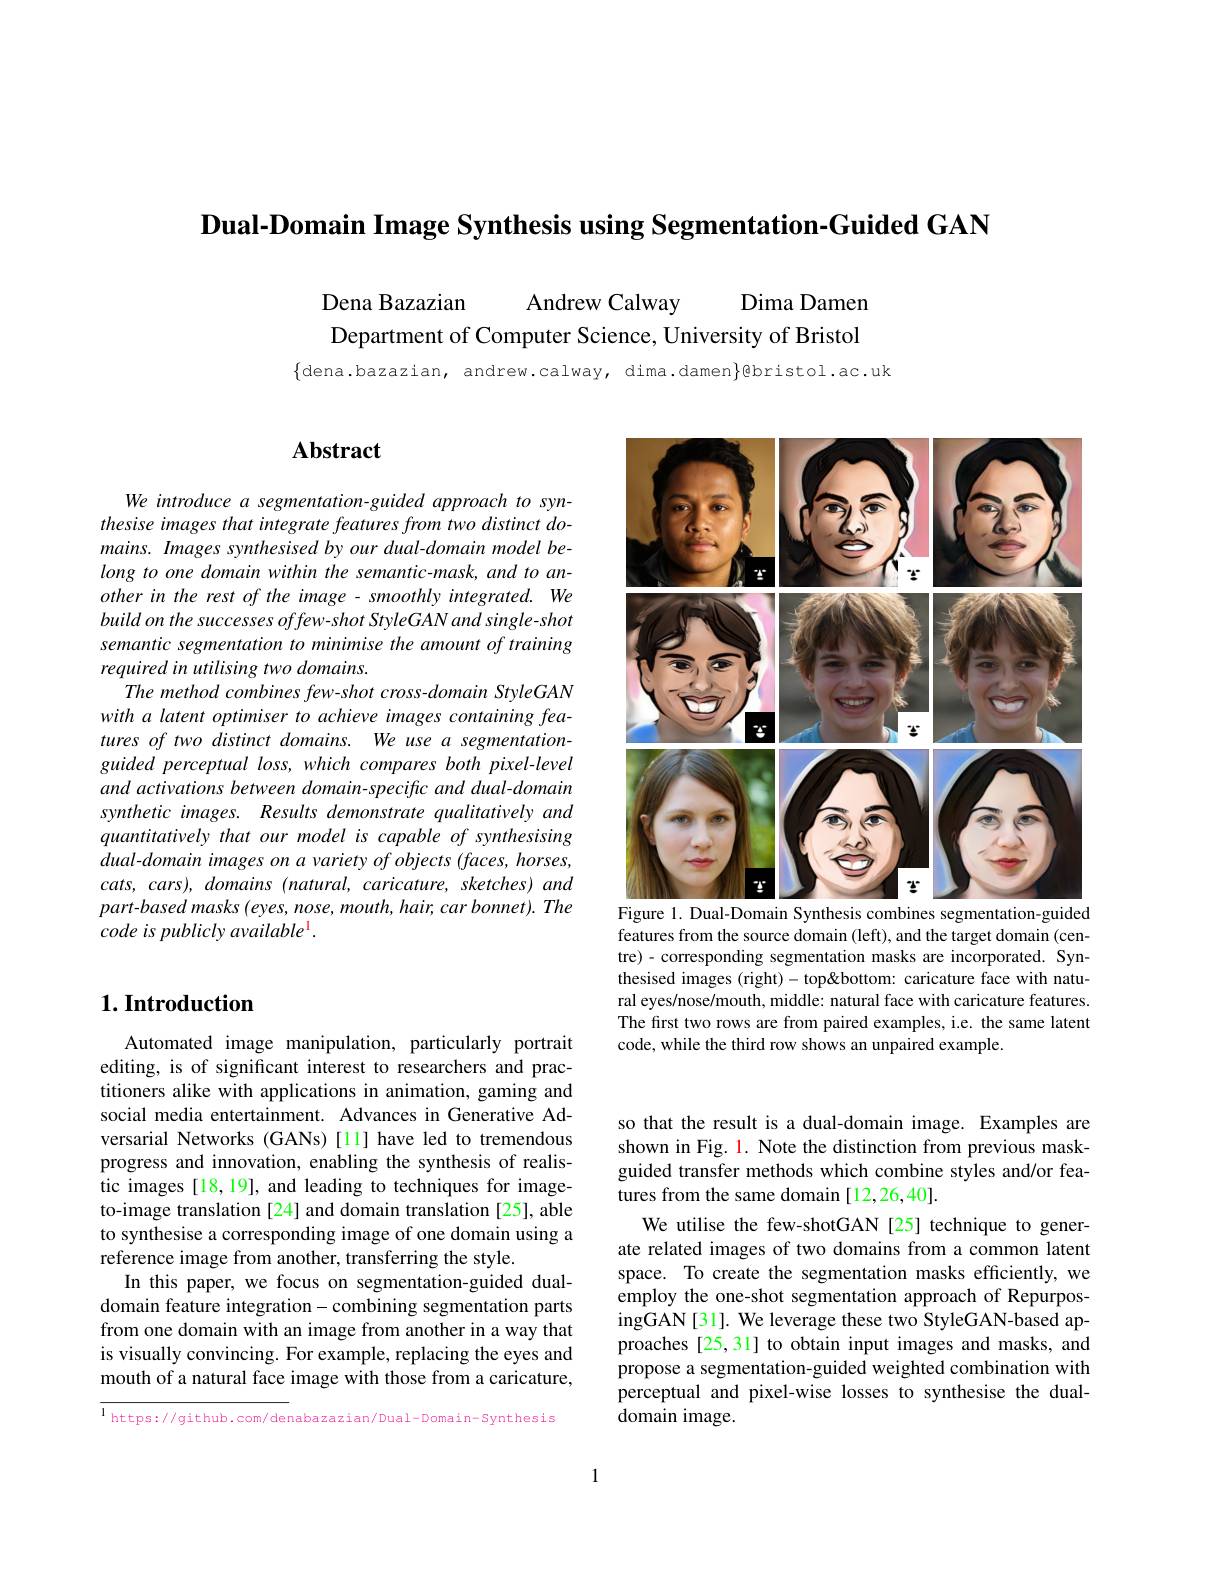
$\textbf{Dual- Domain Image Synthesis using Segmentation- Guided GAN}$

Dena Bazazian
Andrew Calway
Dima Damen
Department of Computer Science, University of Bristol

$\{$dena.bazazian, andrew.calway, dima.damen$\}$@bristol.ac.uk

## $\mathbf{Abstract}$

We introduce a segmentation-guided approach to synthesise images that integrate features from two distinct domains. Images synthesised by our dual-domain model belong to one domain within the semantic-mask, and to another in the rest of the image - smoothly integrated. We build on the successes offew-shot StyleGAN and single-shot semantic segmentation to minimise the amount of training required in utilising two domains.
The method combines few-shot cross-domain StyleGAN with a latent optimiser to achieve images containing features of two distinct domains. We use a segmentation guided perceptual loss, which compares both pixel-level and activations between domain-specific and dual-domain synthetic images. Results demonstrate qualitatively and quantitatively that our model is capable of synthesising dual-domain images on a variety of objects (faces, horses, $cats$, $cars) $, domains $( natural$, $caricature$, $sketches)$ and $part-basedmasks(eyes,nose,mouth,hair,carbonnet).The$ code is publicly available$^{1}.$

## $1. \textbf{Introduction}$

Automated image manipulation, particularly portrait editing, is of significant interest to researchers and practitioners alike with applications in animation, gaming and social media entertainment. Advances in Generative Adversarial Networks (GANs)[11] have led to tremendous progress and innovation, enabling the synthesis of realistic images [18,19], and leading to techniques for imageto-image translation [24] and domain translation [25], able to synthesise a corresponding image of one domain using a reference image from another, transferring the style.
In this paper, we focus on segmentation-guided dualdomain feature integration-combining segmentation parts from one domain with an image from another in a way that is visually convincing. For example, replacing the eyes and mouth of a natural face image with those from a caricature,

l https://github.com/denabazazian/Dual-Domain-Synthesis

<FigureHere>
Figure 1. Dual-Domain Synthesis combines segmentation-guided

features from the source domain (left), and the target domain (centre)-corresponding segmentation masks are incorporated. Synthesised images (right)- top&bottom: caricature face with natural eyes/nose/mouth, middle: natural face with caricature features. The first two rows are from paired examples, i.e. the same latent code, while the third row shows an unpaired example

so that the result is a dual-domain image. Examples are shown in Fig. 1. Note the distinction from previous maskguided transfer methods which combine styles and/or features from the same domain [12,26,40].
We utilise the few-shotGAN [25] technique to generate related images of two domains from a common latent space. To create the segmentation masks efficiently, we employ the one-shot segmentation approach of RepurposingGAN[31]. We leverage these two StyleGAN-based approaches [25,31] to obtain input images and masks, and propose a segmentation-guided weighted combination with perceptual and pixel-wise losses to synthesise the dualdomain image.

1